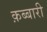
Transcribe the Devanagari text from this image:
क़ब्बारी